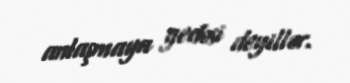
anlaşmaya gedəsi deyillər.